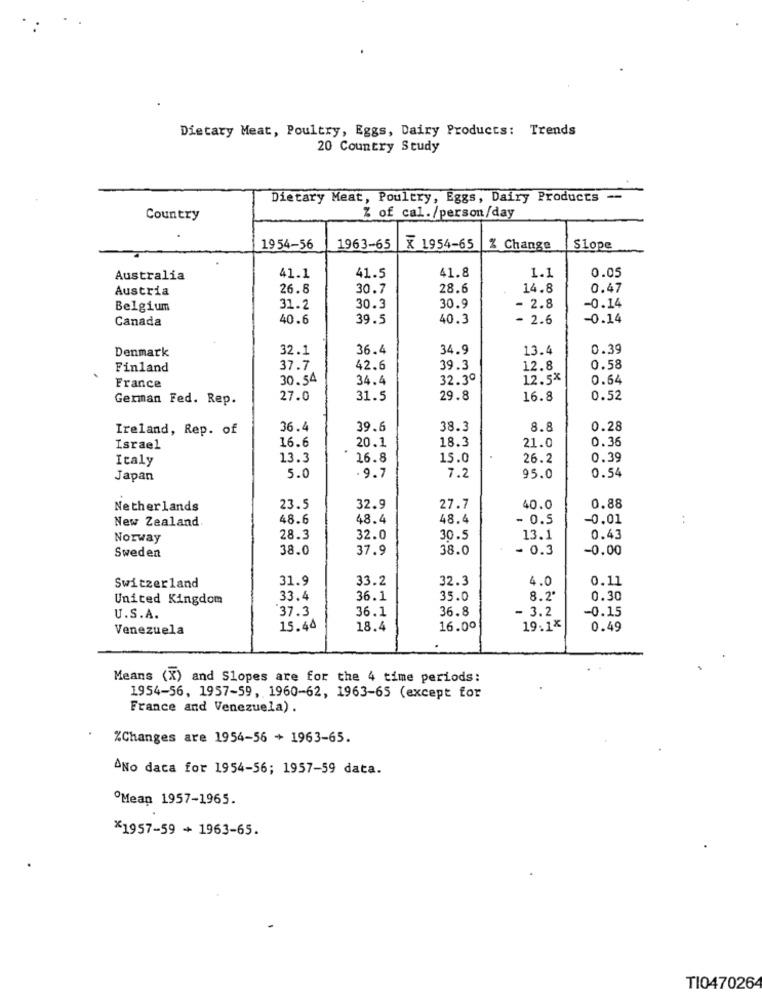
Dietary Meat, Poultry, Eggs, Dairy Products: Trends
20 Country Study
Dietary Meat, Poultry, Eggs, Dairy Products --
Country
Z of cal./person/day
19 54-56
1963-65
X 1954-65
Z Change
Slope
Australia
41.1
41.5
41.8
1.1
0.05
Austria
26.8
30.7
28.6
14.8
0.47
Belgium
31.2
30.3
30.9
- 2.8
-0.14
Canada
40.6
39.5
40.3
- 2.6
-0.14
Denmark
32.1
36.4
34.9
13.4
0.39
Finland
37.7
42.6
39.3
12.8
0.58
30.54
34.4
32.30
12.5*
0.64
France
German Fed. Rep.
27.0
31.5
29.8
16.8
0.52
Ireland, Rep. of
36.4
39.6
38.3
8.8
0.28
16.6
18.3
0.36
Israel
20.1
21.0
Italy
13.3
16.8
15.0
26.2
0.39
0.54
Japan
5.0
-9.7
7.2
95.0
Netherlands
23.5
32.9
27.7
40.0
0.88
New Zealand
48.6
48.4
48.4
- 0.5
-0.01
:
Norway
28.3
32.0
30.5
13.1
0.43
Sweden
38.0
37.9
38.0
- 0.3
-0.00
31.9
33.2
32.3
4.0
0.11
Switzerland
United Kingdom
33.4
36.1
35.0
8.2
0.30
37.3
36.1
36.8
- 3.2
-0.15
U.S.A.
Venezuela
15.44
18.4
16.00
19.1X
0.49
Means (X) and Slopes are for the 4 time periods:
1954-56, 1957-59, 1960-62, 1963-65 (except for
France and Venezuela) .
%Changes are 1954-56 + 1963-65.
ANO daca for 1954-56; 1957-59 data.
ºMean 1957-1965.
*1957-59 + 1963-65.
TI047026